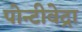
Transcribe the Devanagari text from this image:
पोन्टीवेद्रा